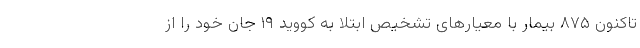
تاکنون ۸۷۵ بیمار با معیارهای تشخیص ابتلا به کووید ۱۹ جان خود را از